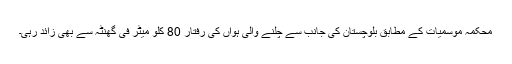
محکمہ موسمیات کے مطابق بلوچستان کی جانب سے چلنے والی ہواں کی رفتار 80 کلو میٹر فی گھنٹہ سے بھی زائد رہی۔